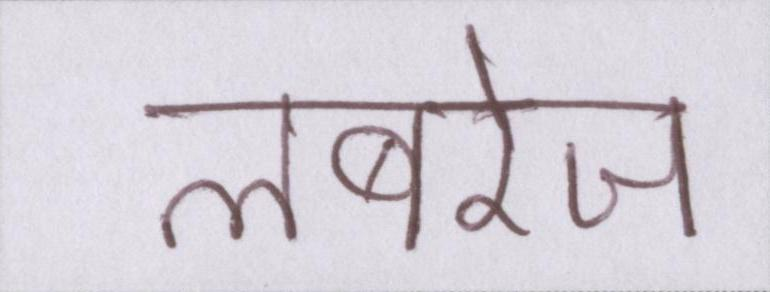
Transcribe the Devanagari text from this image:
लबरेज